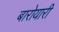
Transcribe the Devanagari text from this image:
बारोयारी